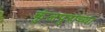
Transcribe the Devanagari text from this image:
कुंजपुराच्या